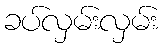
ခပ်လှမ်းလှမ်း